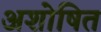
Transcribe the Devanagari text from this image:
अशोषित